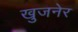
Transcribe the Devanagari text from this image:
खुजनेर